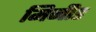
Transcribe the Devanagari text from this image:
मिनीड